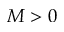
M > 0